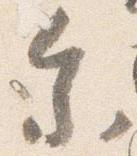
参